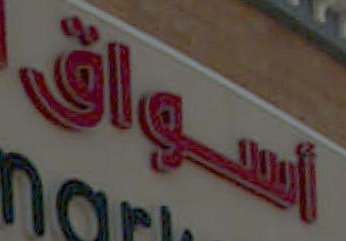
اسواق